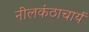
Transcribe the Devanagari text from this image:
नीलकंठाचार्य